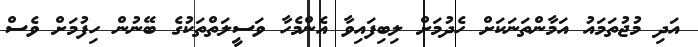
އަދި މުޖުތަމައު އަމާންތަނަކަށް ހެދުމަށް ލިބިފައިވާ އެންމެހާ ވަސީލަތްތަކުގެ ބޭނުން ހިފުމަށް ވެސް